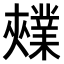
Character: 𫰃